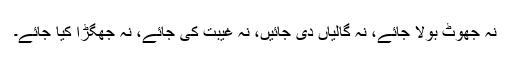
نہ جھوٹ بولا جائے، نہ گالیاں دی جائیں، نہ غیبت کی جائے، نہ جھگڑا کیا جائے۔